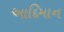
આદિમાન